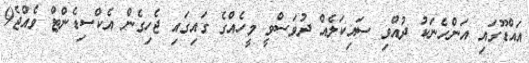
އައްޑޫގައި އަންހެނަކު ދުއްވި ސައިކަލެއް ދުވަސްވީ މީހެއްގެ ގައިގައި ޖެހިގެން އެކްސިޑެންޓް ވެއްޖެ9